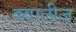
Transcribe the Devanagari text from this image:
क्वालीज